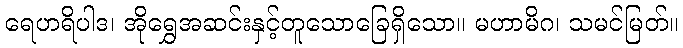
ရေဟရိပါဒ၊ အိုရွှေအဆင်းနှင့်တူသောခြေရှိသော။ မဟာမိဂ၊ သမင်မြတ်။